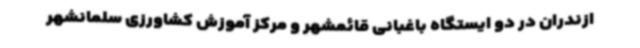
ازندران در دو ایستگاه باغبانی قائمشهر و مرکز آموزش کشاورزی سلمانشهر